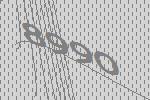
8990